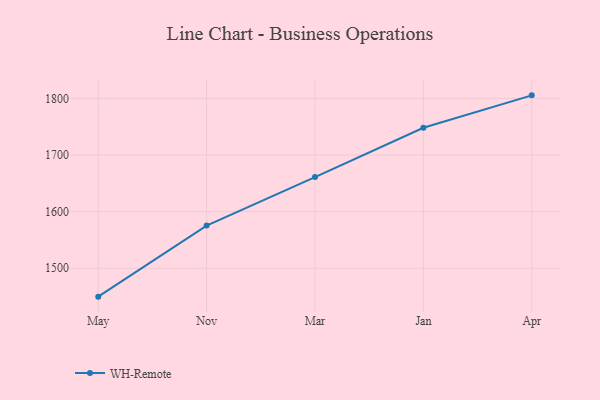
{"axis": {"x": "Month", "y": "Website Visitors"}, "legend": ["WH-Remote"], "data": [{"x": "May", "y": 1449.8, "type": "WH-Remote"}, {"x": "Nov", "y": 1575.3, "type": "WH-Remote"}, {"x": "Mar", "y": 1660.9, "type": "WH-Remote"}, {"x": "Jan", "y": 1748.0, "type": "WH-Remote"}, {"x": "Apr", "y": 1805.3, "type": "WH-Remote"}]}